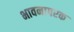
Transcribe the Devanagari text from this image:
भावनापरक